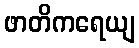
ဖာတိကရေယျ